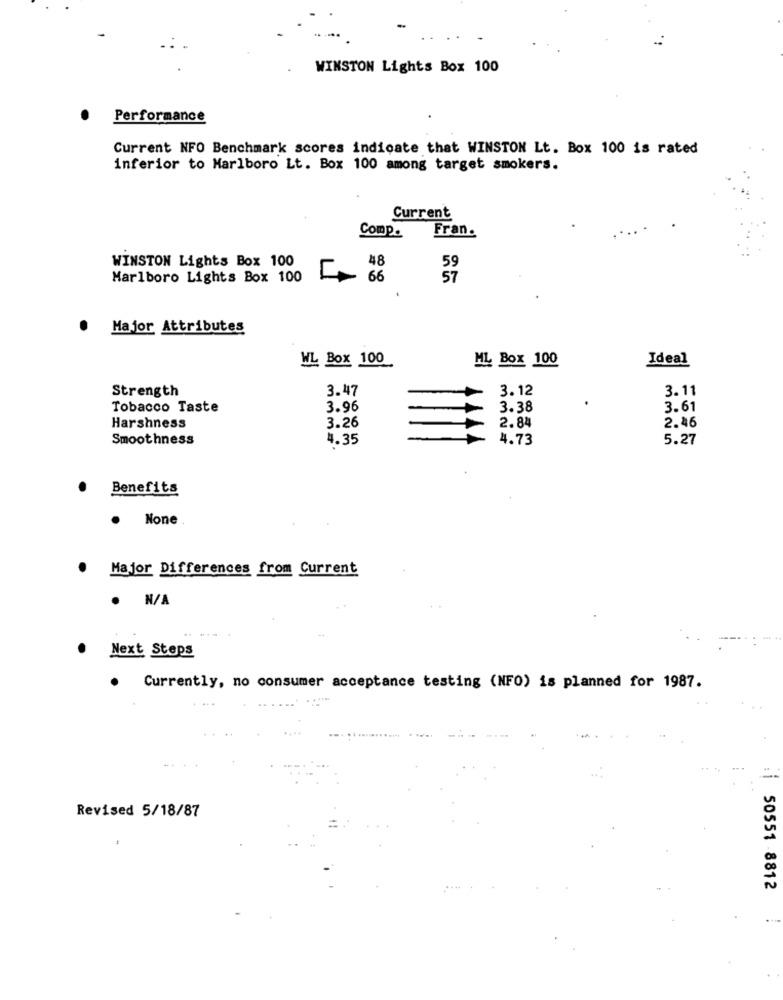
WINSTON Lights Box 100
Performance
Current NFO Benchmark scores indicate that WINSTON Lt. Box 100 is rated
inferior to Marlboro Lt. Box 100 among target smokers.
Current
Comp.
Fran.
WINSTON Lights Box 100
48
Marlboro Lights Box 100
66
57
Major Attributes
WL Box 100
ML Box 100
Ideal
Strength
3.47
3.12
3.11
Tobacco Taste
3.96
3.38
3.61
3.26
Harshness
2.84
2.46
Smoothness
4.35
4.73
5.27
Benefits
None .
.
Major Differences from Current
. N/A
Next Steps
.
Currently, no consumer acceptance testing (NFO) is planned for 1987.
Revised 5/18/87
50551 -8812